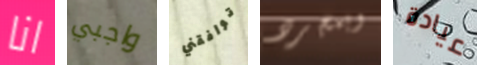
انا واجبي توافقني وبمجرد عيادة